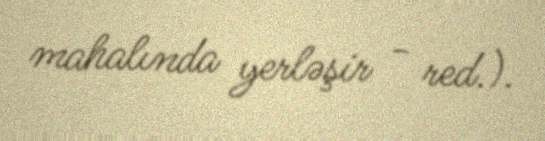
mahalında yerləşir - red.).